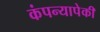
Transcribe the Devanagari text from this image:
कंपन्यापेकी